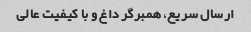
ارسال سریع، همبرگر داغ و با کیفیت عالی